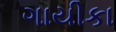
ગાયીકા